Indian journal of veterinary science and animal husbandry - Volume 2,
Year: 1932
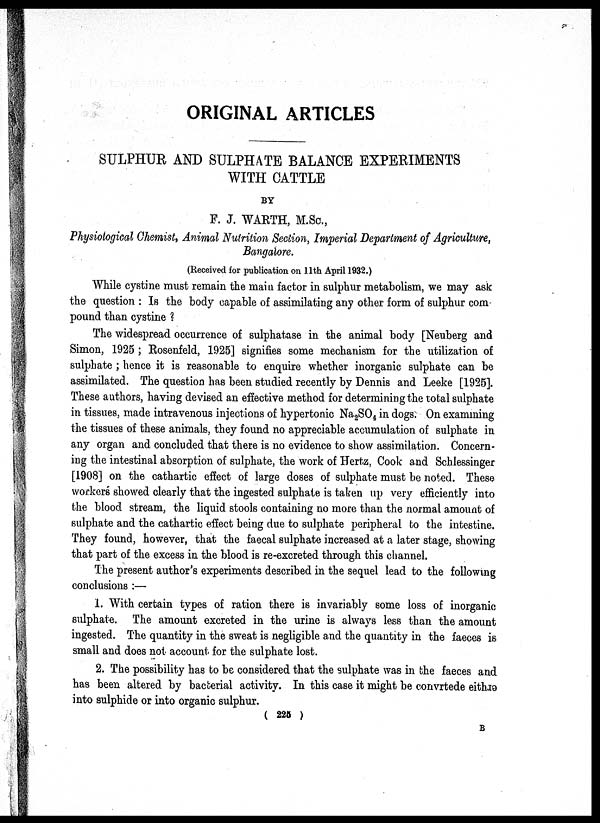
ORIGINAL ARTICLES
SULPHUR AND SULPHATE BALANCE EXPERIMENTS
WITH CATTLE
BY
F. J. WARTH, M.Sc.,
Physiological Chemist, Animal Nutrition Section, Imperial Department of Agriculture,
Bangalore.
(Received for publication on 11th April 1932.)
While cystine must remain the main factor in sulphur metabolism, we may ask
the question : Is the body capable of assimilating any other form of sulphur com-
pound than cystine ?
The widespread occurrence of sulphatase in the animal body [Neuberg and
Simon, 1925 ; Rosenfeld, 1925] signifies some mechanism for the utilization of
sulphate ; hence it is reasonable to enquire whether inorganic sulphate can be
assimilated. The question has been studied recently by Dennis and Leeke [1925].
These authors, having devised an effective method for determining the total sulphate
in tissues, made intravenous injections of hypertonic Na 2 SO 4 in dogs. On examining
the tissues of these animals, they found no appreciable accumulation of sulphate in
any organ and concluded that there is no evidence to show assimilation. Concern-
ing the intestinal absorption of sulphate, the work of Hertz, Cook and Schlessinger
[1908] on the cathartic effect of large doses of sulphate must be noted. These
workers showed clearly that the ingested sulphate is taken up very efficiently into
the blood stream, the liquid stools containing no more than the normal amount of
sulphate and the cathartic effect being due to sulphate peripheral to the intestine.
They found, however, that the faecal sulphate increased at a later stage, showing
that part of the excess in the blood is re-excreted through this channel.
The present author's experiments described in the sequel lead to the following
conclusions :—
1. With certain types of ration there is invariably some loss of inorganic
sulphate. The amount excreted in the urine is always less than the amount
ingested. The quantity in the sweat is negligible and the quantity in the faeces is
small and does not account for the sulphate lost.
2. The possibility has to be considered that the sulphate was in the faeces and
has been altered by bacterial activity. In this case it might be convrtede eithrə
into sulphide or into organic sulphur.
( 225 )
B